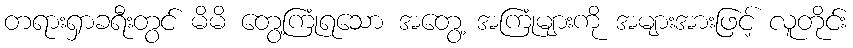
တရားရှာခရီးတွင် မိမိ တွေ့ကြုံရသော အတွေ့ အကြုံများကို အများအားဖြင့် လူတိုင်း